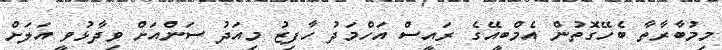
މިމުބާރާތާ ބެހޭގޮތުން އެމްބީއޭގެ ރައީސް އަހްމަދު ހާފިޒު މިއަދު ސަންއަށް ވިދާޅުވީ އަލަށް